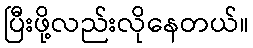
ပြီးဖို့လည်းလိုနေတယ်။